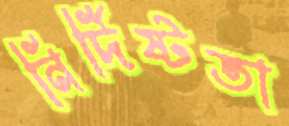
নির্দিষ্টতা